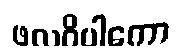
ဖလဝိပါကော